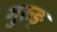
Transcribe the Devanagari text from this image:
गुरुङ्‌